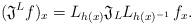
LaTeX: \begin{align*}(\mathfrak{J}^L f)_x = L_{h(x)} \mathfrak{J}_{L} L_{h(x)^{-1}} \, f_x .\end{align*}